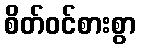
စိတ်ဝင်စားစွာ